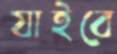
যাইবে